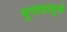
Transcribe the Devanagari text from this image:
भूगोलामुळे